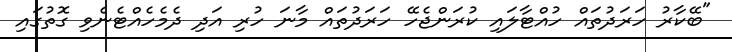
"ބޭކާރު ހަރަދުތައް ހުއްޓާލައި ކުރަންޖެހޭ ހަރަދުތައް މާނަ ހުރި އަދި ދެމެހެއްޓެނެވި ގޮތުގައި